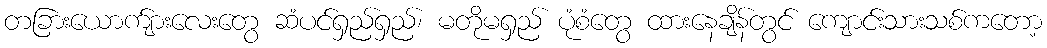
တခြားယောက်ျားလေးတွေ ဆံပင်ရှည်ရှည်၊ မတိုမရှည် ပုံစံတွေ ထားနေချိန်တွင် ကျောင်းသားသစ်ကတော့